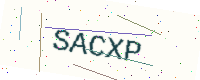
Text: SACXP